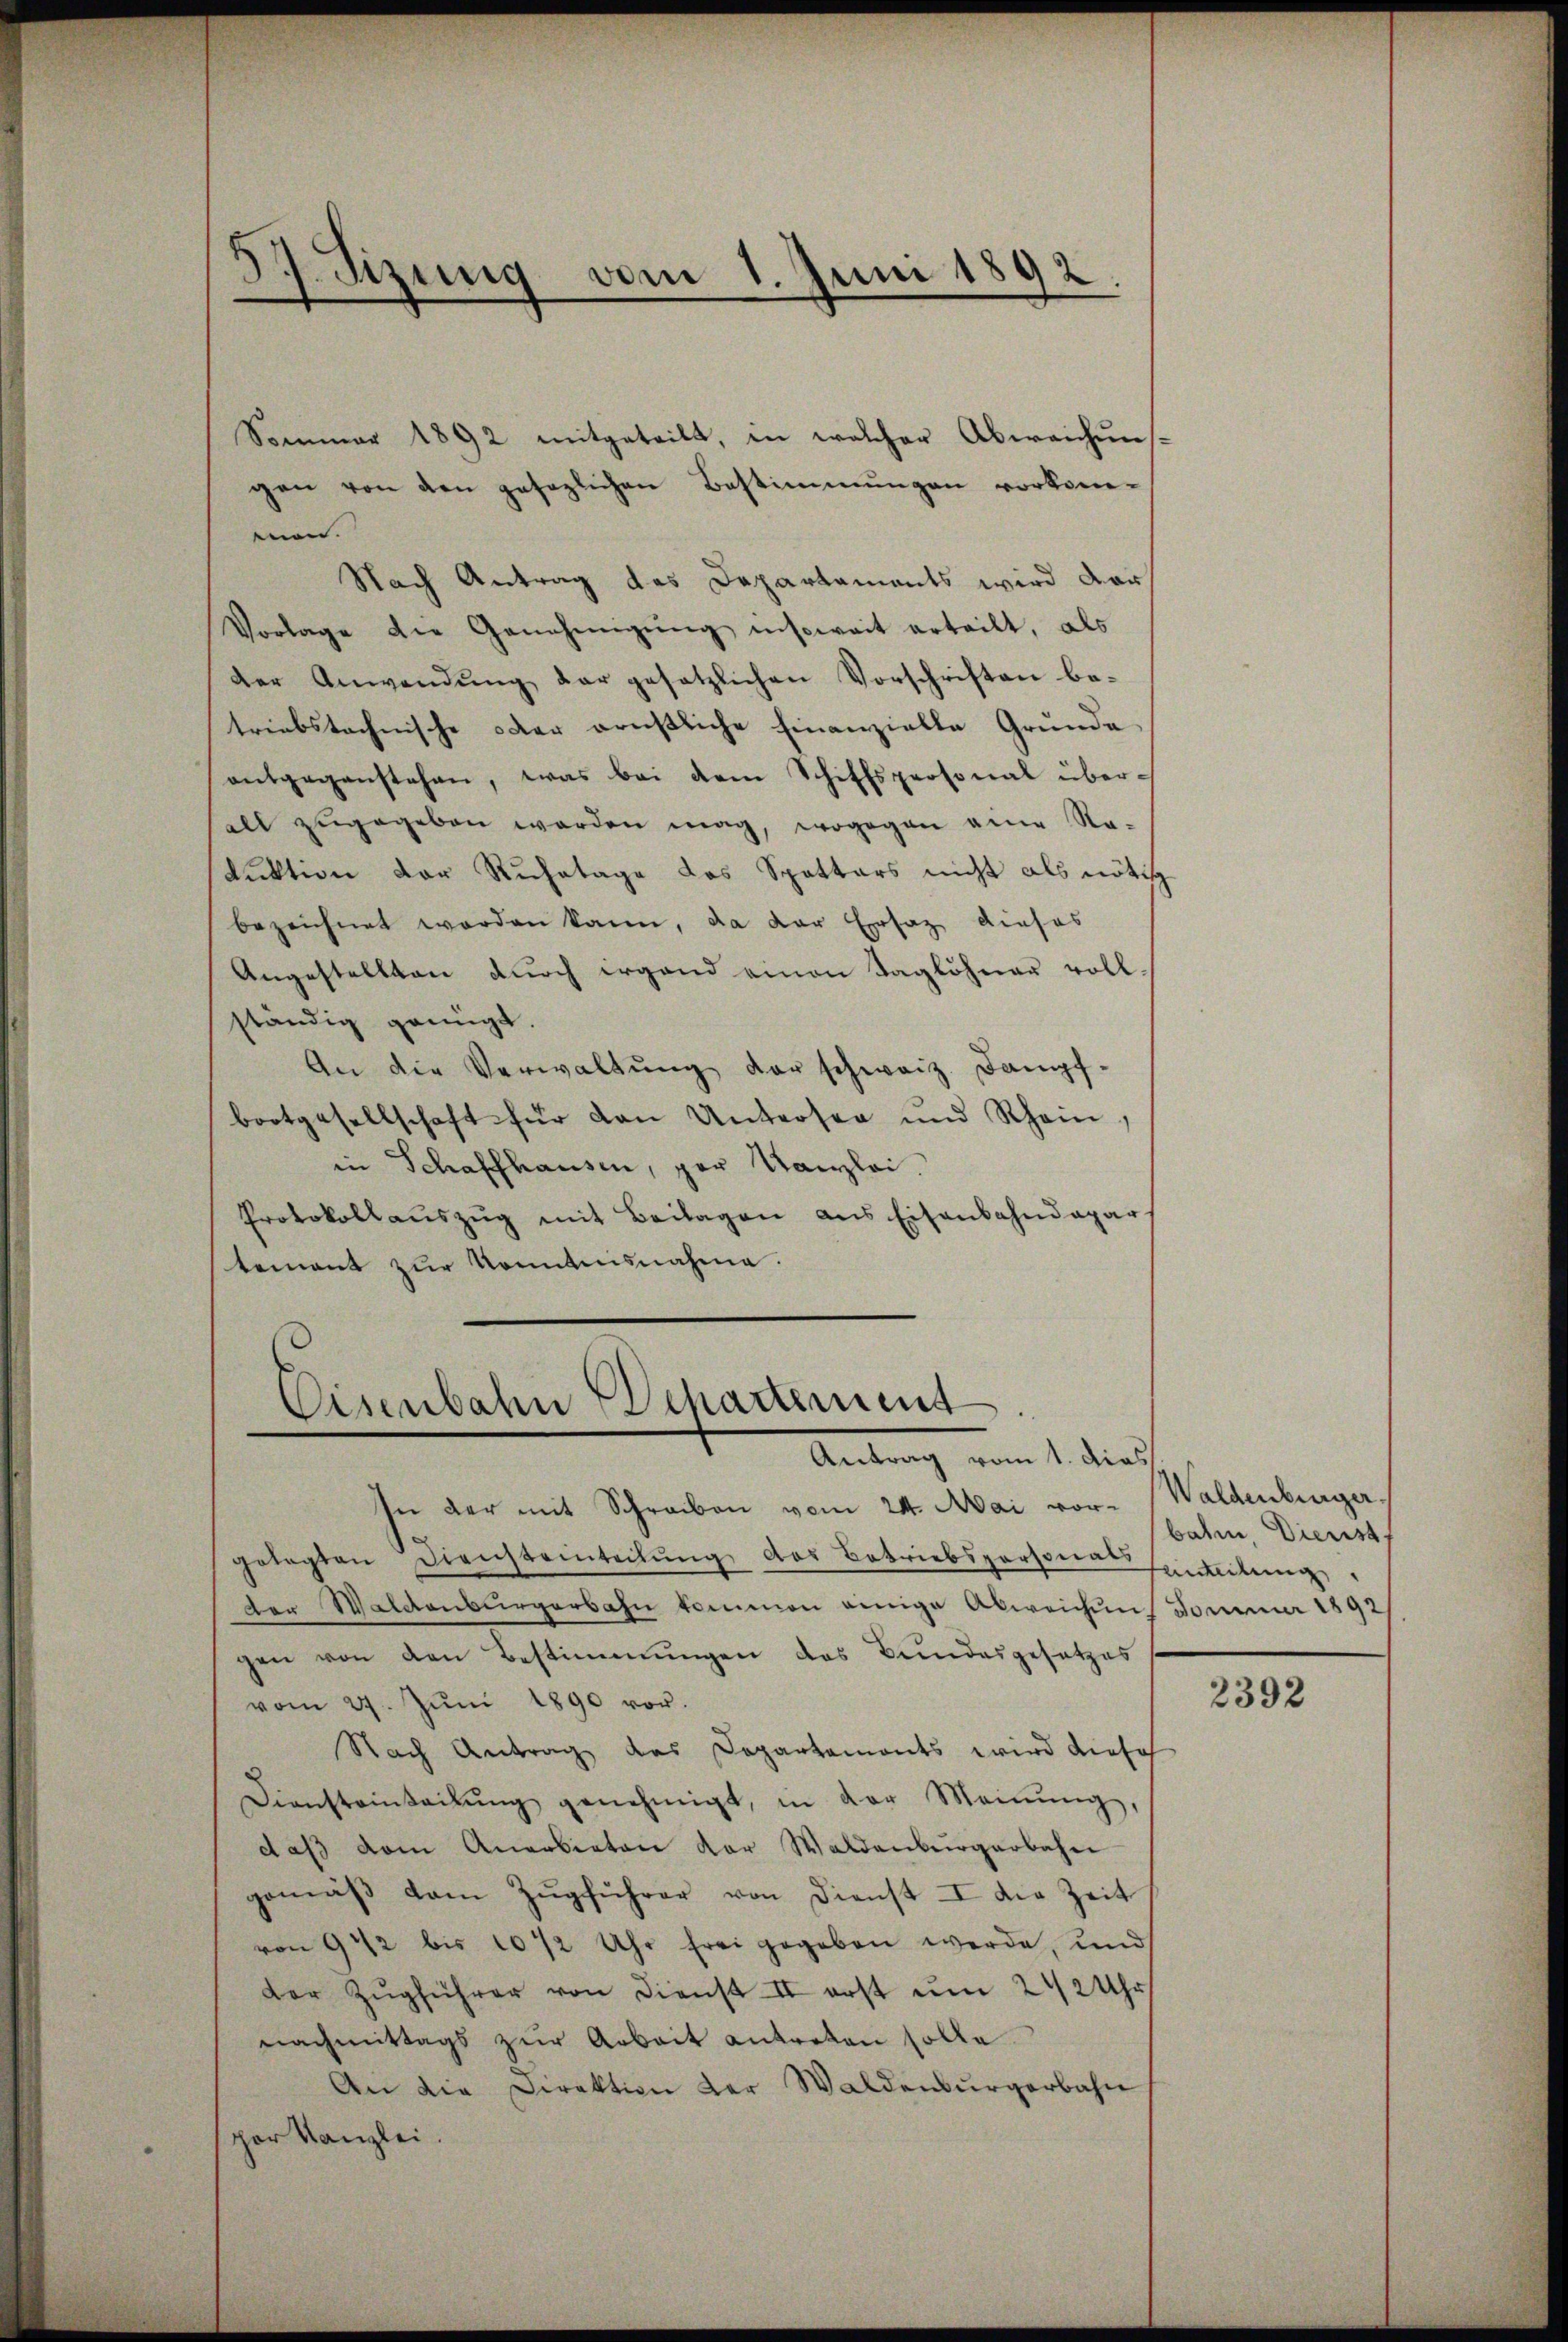
37. Sizung vom 1. Juni 1892.

Sommer 1892 mitgeteilt, in welcher Abweichuns-
gen von den gesezlichen Bestimmungen vorkom-
eien.
Nach Antrag das Departaments wird der
Vorlage die Genehmigŭng insoweit erteilt, als
der Anwendung der gesetzlichen Vorschriften betriebstechnische oder ernstliche Finanzielle Grunde
antgegenstehen, was bei dem Schiffspersonal überall zŭgegeben werden mag, wogegen eine Re-
duktion der Ruhetage das Spottars nicht als nötig
bezeichnet worden kann, da der Ersatz dieses
Angestellten durch irgend einen Taglöhner voll-
ständig genügt.
An die Verwaltŭng der schweiz. Dampf-
bootgesellschaft für den Untersee und Rhein,
in Schaffhausen, per Kanzlei.
Protokollaŭszŭg mit Beilagen aus Eisenbahndepar
tement zur Kenntnisnahme.

Eisenbahn Departement

Antrag vom 1. dies
In der mit Schreiben vom 24. Mai vor- Waldenburger,
gelegten Diensteinteilŭng des Betriebspersonalsamlung
dor Waldenburgerbahn kommen einige Abweichung Jommer 1892
gen von den Bestimmŭngen des Bundesgesetzes
vom 27. Jŭni 1890 vor.
Nach Antrag des Departemonts wird diese
Diensteinteilŭng genehmigt, in der Meinŭng,
daβ vom Anerbieten der Waldenburgerbahn
gemäβ dem Zŭgführer von Dienst I die Zeit
von 9 1/2 bis 1012 Uhr frei gegeben werde, und
der Zŭgführer von Dienst II erst um 242 Uhr
nachmittags zur Arbeit antreten solle.
An die Direktion der Waldenburgerbahn
por Kanzlei.

bahn, Dienst,

2392